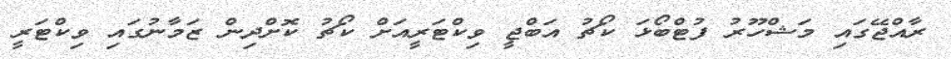
ރާއްޖޭގައި މަޝްހޫރު ފުޓްބޯޅަ ކޯޗު އަބްޖީ ވިކްޓަރީއަށް ކޯޗު ކޮށްދިން ޒަމާނުގައި ވިކްޓަރީ